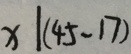
x \vert ( 4 5 - 1 7 )